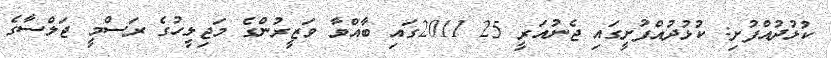
ކުޅުދުއްފުށި: ކުޅުދުއްފުށީގައި ޖެނުއަރީ 25 2011ގައި ބާއްވާ ވަޒީރުންގެ މަޖިލީހުގެ ރަސްމީ ޖަލްސާގެ